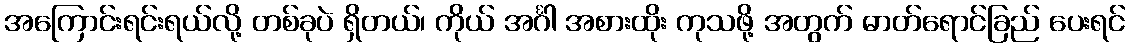
အကြောင်းရင်းရယ်လို့ တစ်ခုပဲ ရှိတယ်၊ ကိုယ် အင်္ဂါ အစားထိုး ကုသဖို့ အတွက် ဓာတ်ရောင်ခြည် ပေးရင်